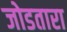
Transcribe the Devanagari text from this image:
जोडतारा